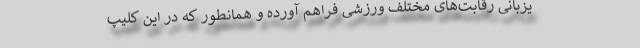
یزبانی رقابت‌های مختلف ورزشی فراهم آورده و همانطور که در این کلیپ